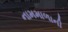
નામમાળાની